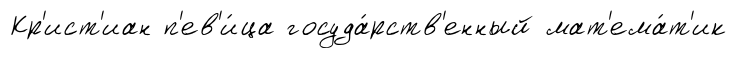
Кр'ист'иан п'ев'и́ца госуда́рств'енный мат'ема́т'ик